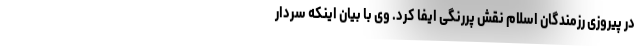
در پیروزی رزمندگان اسلام نقش پررنگی ایفا کرد. وی با بیان اینکه سردار